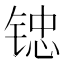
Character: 𲈅